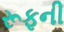
રૂફની